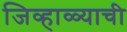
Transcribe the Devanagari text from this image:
जिव्हाळ्याची